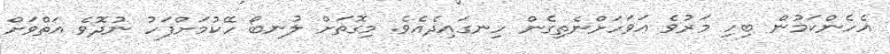
އެހެންކަމުން ބިހި މަރުވެ އަވަހަށްނެތިގެން ހިނގައިދެއެވެ. މިގޮތަށް ލުނބޯ ހޭކުމަށްފަހު ނުދޮވެ އަތްވަށް